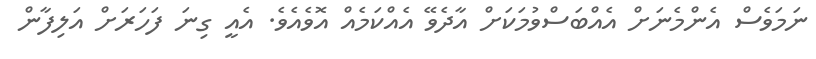
ނަމަވެސް އެންމެނަށް އެއްބަސްވުމަކަށް އާދެވޭ އެއްކަމެއް އޮވެއެވެ. އެއީ ގިނަ ފަހަރަށް އަލިފާން